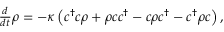
\begin{array} { r } { \frac { d } { d t } \rho = - \kappa \left( c ^ { \dagger } c \rho + \rho c c ^ { \dagger } - c \rho c ^ { \dagger } - c ^ { \dagger } \rho c \right) , } \end{array}